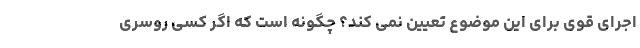
اجرای قوی برای این موضوع تعیین نمی کند؟ چگونه است که اگر کسی روسری